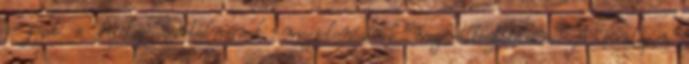
a jogot a honlap tartalmának, megjelenésének megváltoztatására. A honlapon